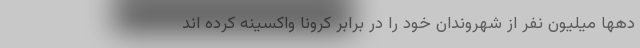
دهها میلیون نفر از شهروندان خود را در برابر کرونا واکسینه کرده اند